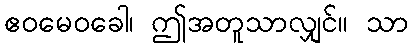
ဧဝမေဝခေါ၊ ဤအတူသာလျှင်။ သာ